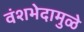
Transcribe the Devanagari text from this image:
वंशभेदामुळे